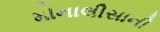
મોનાલીસાની